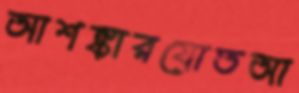
আশঙ্কারযোতআ